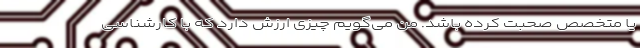
یا متخصص صحبت کرده باشد. من می‌گویم چیزی ارزش دارد که با کارشناسی